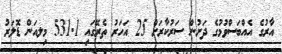
އާރުގެ އެއްބަސްވުމުގެ ދަށުން ސަރުކާރަށް 25 އަހަރު ތެރޭގައި 531.1 މިލއަން ޑޮލަރު